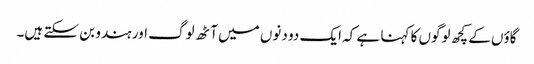
گاؤں کے کچھ لوگوں کا کہنا ہے کہ ایک دو دنوں میں آٹھ لوگ اور ہندو بن سکتے ہیں۔